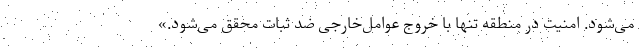
می‌شود. امنیت در منطقه تنها با خروج عوامل‌خارجی ضد ثبات محقق می‌شود.»